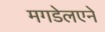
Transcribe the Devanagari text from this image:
मगडेलएने